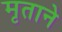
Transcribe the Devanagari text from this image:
मृताने